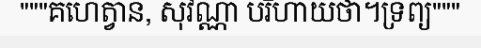
"""គហេត្វាន, សុវណ្ណា បរិហាយថា។ទ្រព្យ"""